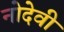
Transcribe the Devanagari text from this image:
नोदेवी